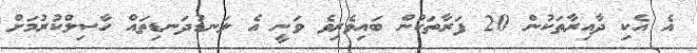
އެ އެކި ދާއިރާތަކުން 20 ފަރާތަކުން ބައިވެރިވެ ވަނީ އެ ލަނޑުދަނޑިތައް ހާސިލްކުރުމަށް